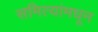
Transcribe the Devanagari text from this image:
समित्यांमधून